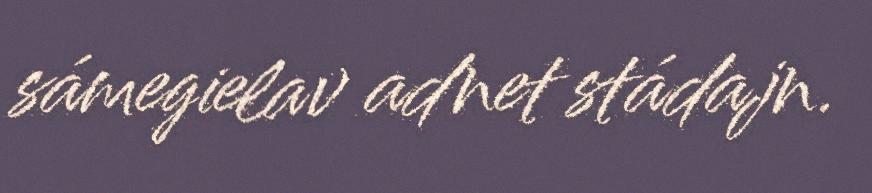
sámegielav adnet stádajn.